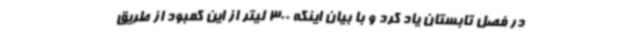
در فصل تابستان یاد کرد و با بیان اینکه 300 لیتر از این کمبود از طریق